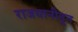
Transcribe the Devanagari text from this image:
राजधानीतून